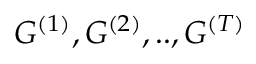
G ^ { ( 1 ) } , G ^ { ( 2 ) } , . . , G ^ { ( T ) }